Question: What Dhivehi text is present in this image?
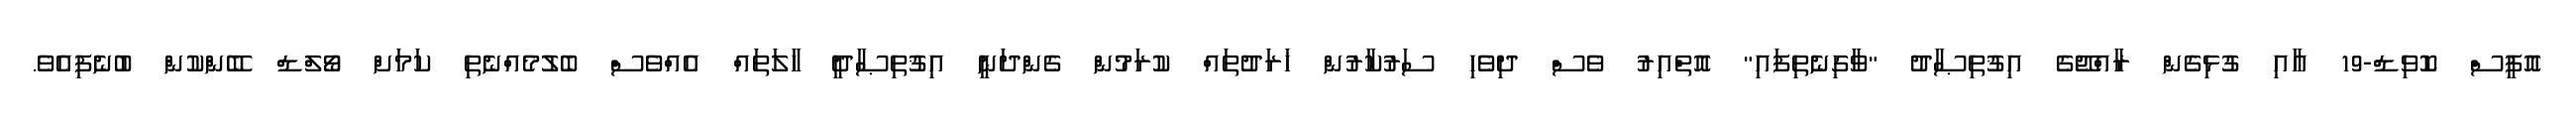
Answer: އޮފީސް ކޮވިޑް-19 އާއި ގުޅިގެން ރާއްޖޭގެ އިޤުތިޞާދު "ވާގިނެތިފައި" އޮތްއިރު ވެސް ދިވެހި ސަރުކާރުން ޚަރަދުތައް ކުރަމުން ގެންދަނީ އިޤުތިޞާދީ ހާލަތައް އެއްވެސް ބެލުމެއްނެތި ކަމަށް ވޯލްޑް ބޭންކުން ބުނެފިއެވެ.